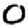
Digit: 0